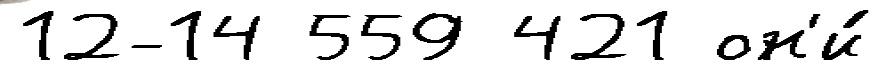
12-14 559 421 он'и́